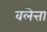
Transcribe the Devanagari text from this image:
वलेत्ता